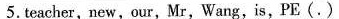
5. teacher,new,our,Mr,Wang,is,PE(.)